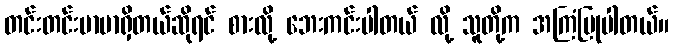
တင်းတင်းမာမာရှိတယ်ဆိုရင် စားလို့ ဘေးကင်းပါတယ် လို့ သူတို့က အကြံပြုပါတယ်။